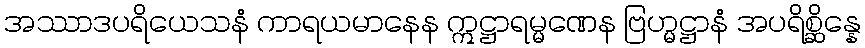
အဿာဒပရိယေသနံ ကာရယမာနေန ဣဋ္ဌာရမ္မဏေန ဗြဟ္မဋ္ဌာနံ အပရိစ္ဆိန္နေ